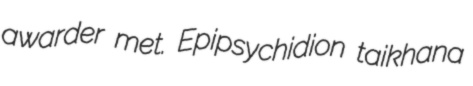
awarder met. Epipsychidion taikhana